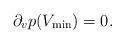
LaTeX: \begin{align*} \partial_vp(V_{\min})=0.\end{align*}